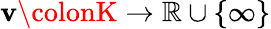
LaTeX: \mathbf{v}\colonK\to\mathbb{{R}}\cup\{ \infty\}